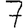
Digit: 7